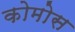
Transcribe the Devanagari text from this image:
कोमोस